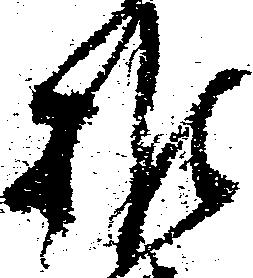
推